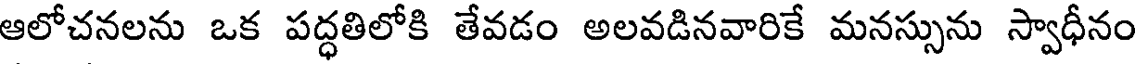
ఆలోచనలను ఒక పద్ధతిలోకి తేవడం అలవడినవారికే మనస్సును స్వాధీనం